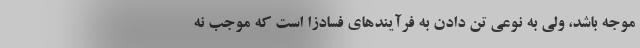
موجه باشد، ولی به نوعی تن دادن به فرآیندهای فسادزا است که موجب نه